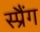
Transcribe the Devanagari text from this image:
स्प्रैंग